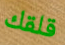
قلقك